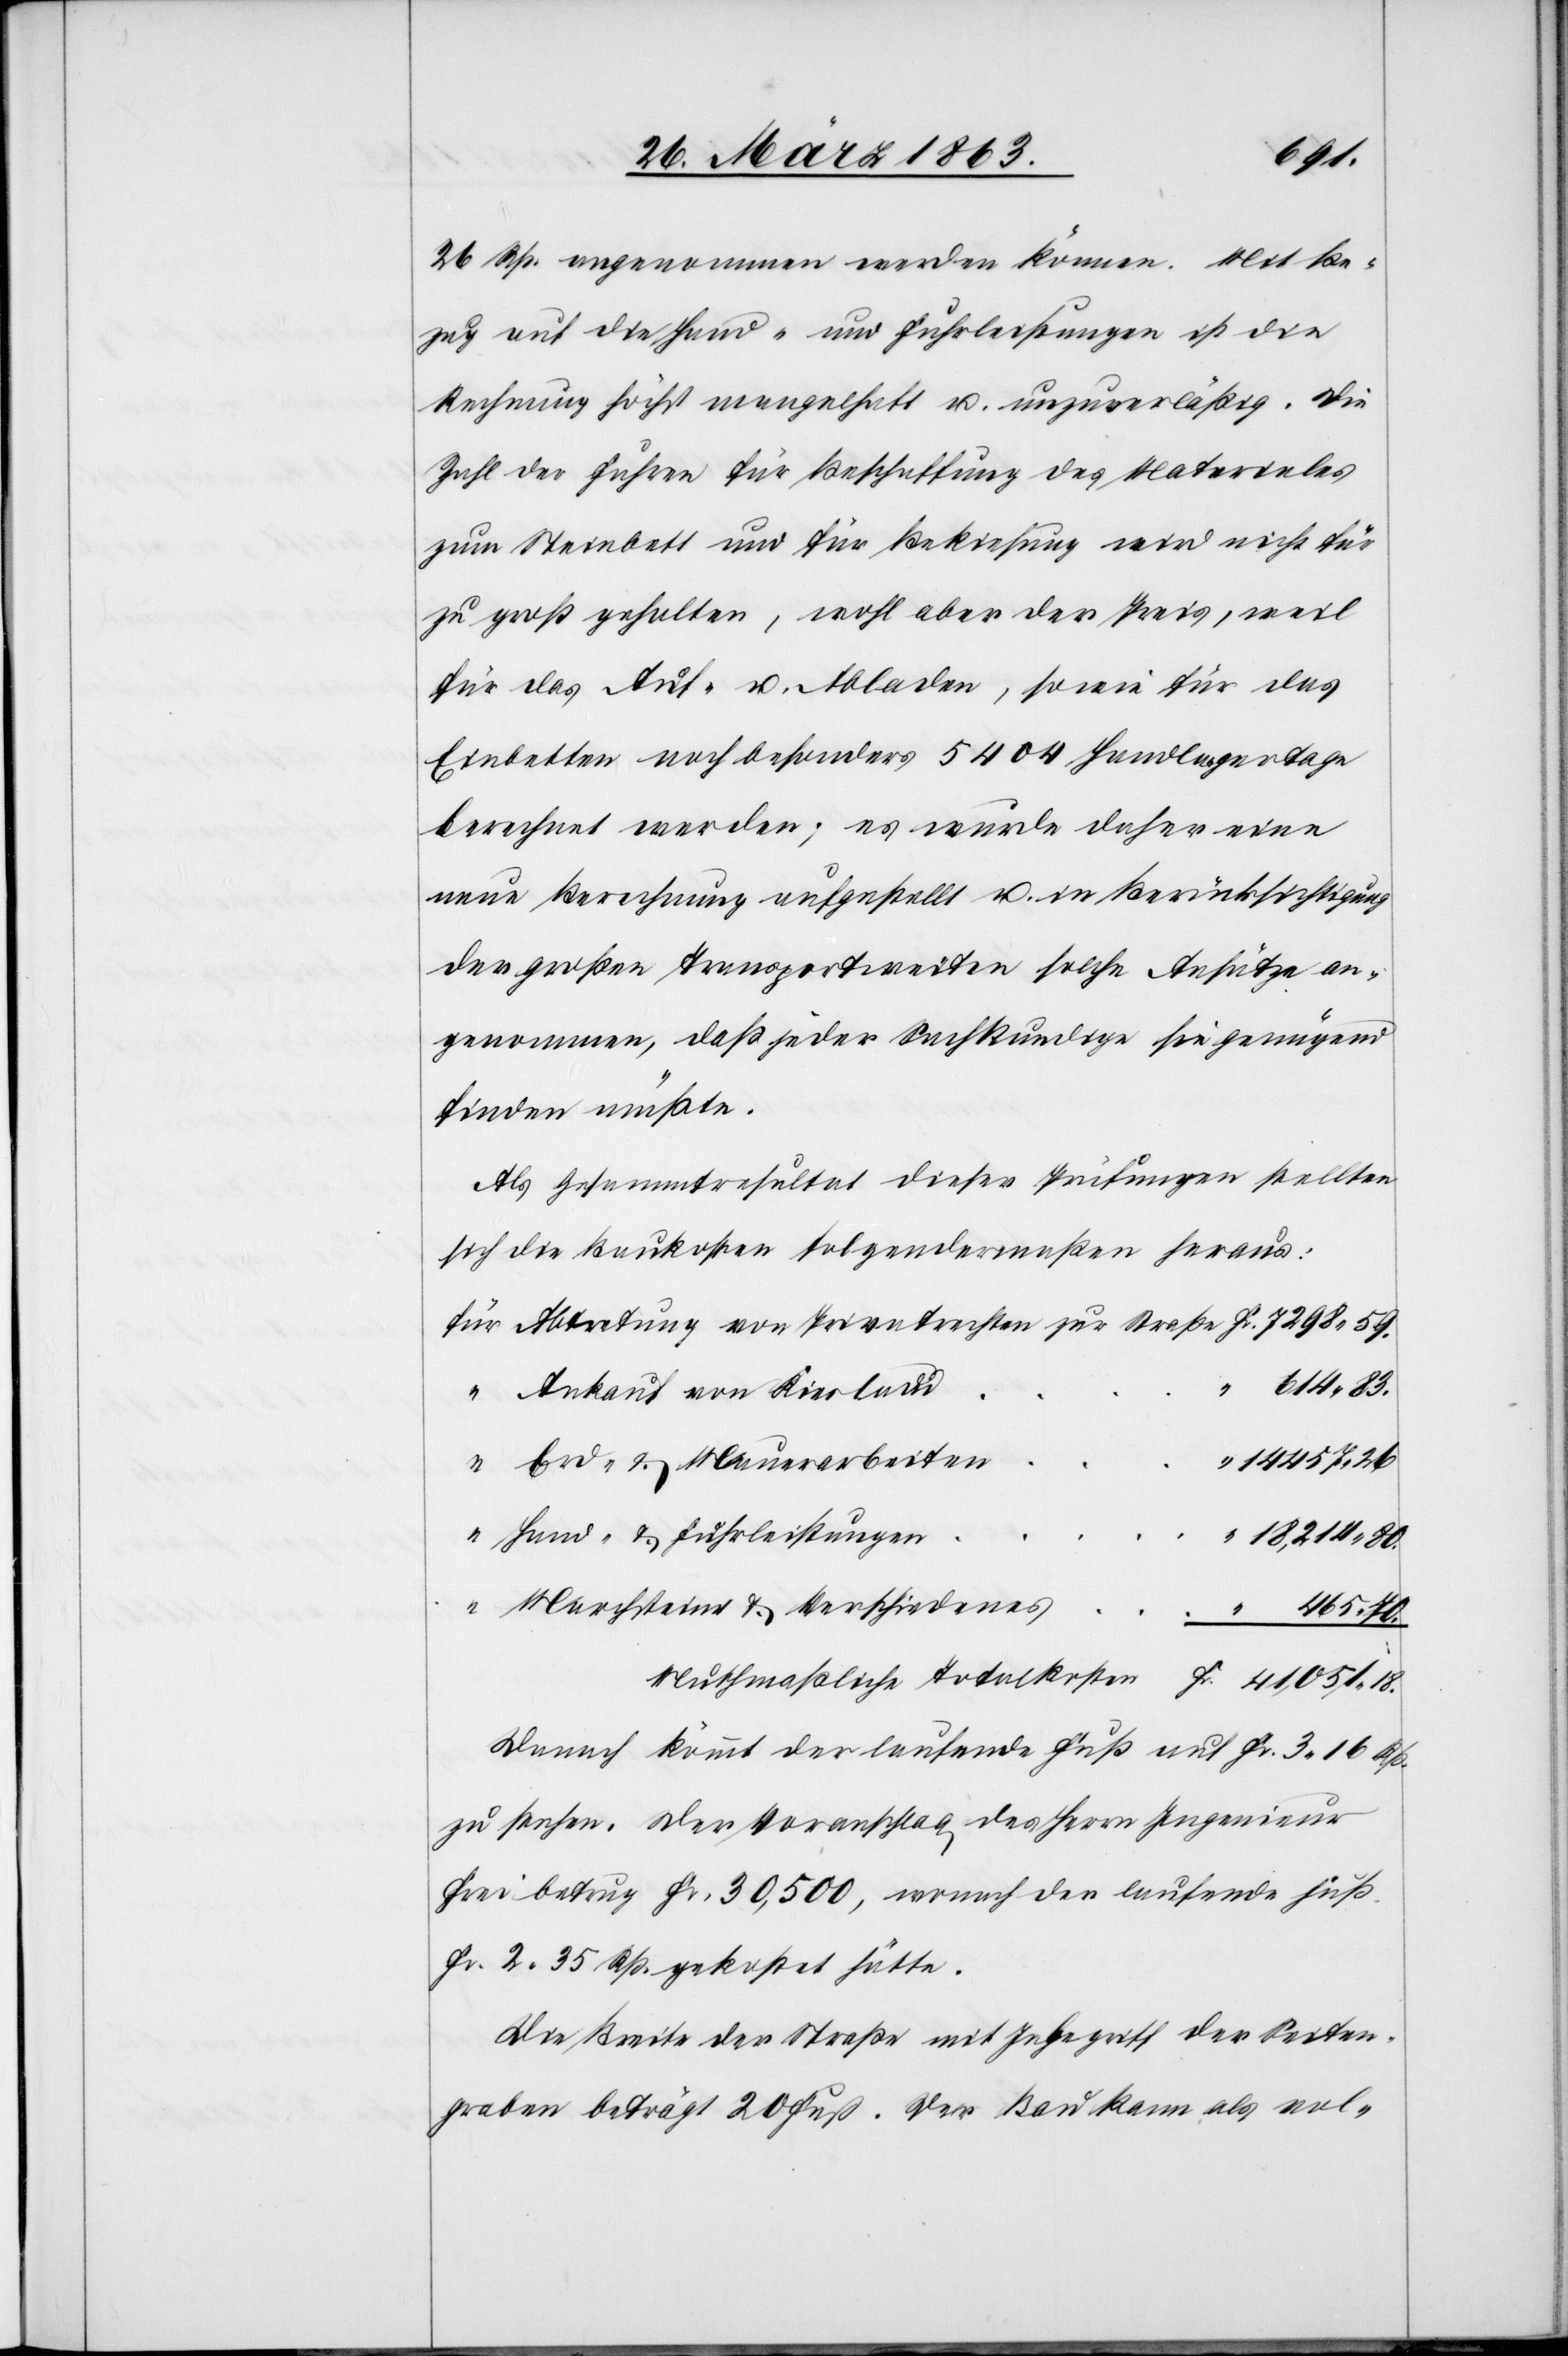
18.
26 Rp. angenommen werden können. Mit Be¬
zug auf die Hand- und Fuhrleistungen ist die
Rechnung höchst mangelhaft u. unzuverläßig. Die
Zahl der Fuhren für Beschaffung des Materiales
zum Steinbett und für Bekiesung wird nicht für
zu groß gehalten, wohl aber der Preis, weil
für das Auf- u. Abladen, sowie für das
Einbetten noch besonders 5404 Handlagertage
berechnet werden; es wurde daher eine
neue Berechnung aufgestellt u. in Berücksichtigung
der großen Transportweiten solche Ansätze an¬
genommen, daß jeder Sachkundige sie genügend
finden müßte.
Als Gesammtresultat dieser Prüfungen stellten
sich die Baukosten folgendermaßen heraus:
Ankauf von Kiesland
Erd- & Mauerarbeiten
59.
Hand- & Fuhrleistungen
Marchsteine & Verschiedenes
“
Danach kommt der laufende Fuß auf Fr. 3. 16 Rp.
zu stehen. Der Voranschlag des Herrn Ingenieur
Frei betrug Fr. 30,500, wonach der laufende Fuß
Fr. 2. 35 Rp. gekostet hätte.
Die Breite der Straße mit Inbegriff der Seiten¬
graben beträgt 20 Fuß. Der Bau kann als vol-